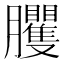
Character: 𦣒